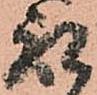
取